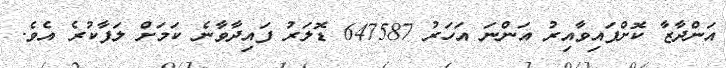
އަންދާޒާ ކޮށްފައިވާއިރު އަންނަ އަހަރު 647587 ޑޮލަރު ފައިދާވާނެ ކަމަށް ލަފާކުރެ އެވެ.